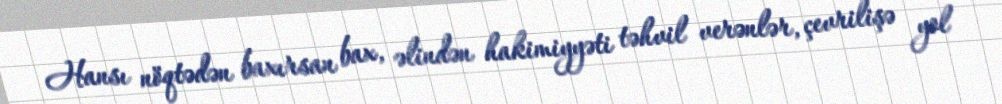
Hansı nöqtədən baxırsan bax, əlindən hakimiyyəti təhvil verənlər, çevrilişə yol